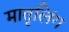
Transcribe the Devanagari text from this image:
मातृलिंग